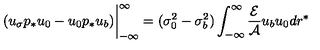
( u _ { \sigma } p _ { * } u _ { 0 } - u _ { 0 } p _ { * } u _ { b } ) \bigg | _ { - \infty } ^ { \infty } = ( \sigma _ { 0 } ^ { 2 } - \sigma _ { b } ^ { 2 } ) \int _ { - \infty } ^ { \infty } \frac { { \cal E } } { { \cal A } } u _ { b } u _ { 0 } d r ^ { * }